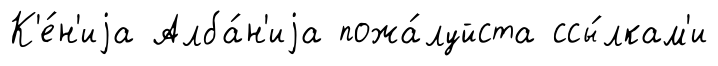
К'е́н'иjа Алба́н'иjа пожа́луйста ссы́лкам'и